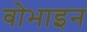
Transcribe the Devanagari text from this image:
वोभाइन